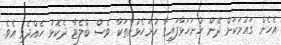
އެހެން ގައުމަކަށް ދޭން ހުށަހަޅާފައިވާ ހުށަހެޅުންތަކާ ވެސް ބްލެޓާ ދެކޮޅު ހެއްދެވި އެވެ.